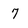
Character: 7